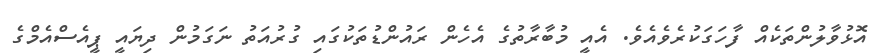
އޮޅުވާލުންތަކެއް ފާހަގަކުރެވެއެވެ. އެއީ މުބާރާތުގެ އެހެން ރައުންޑުތަކުގައި ގުރުއަތު ނަގަމުން ދިޔައީ ޕީއެސްއެމްގެ